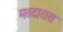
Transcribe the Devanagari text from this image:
मतदारास